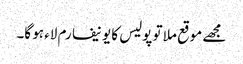
مجھے موقع ملا تو پولیس کا یونیفارم لاء ہو گا۔